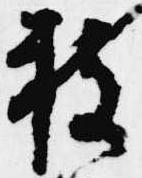
持